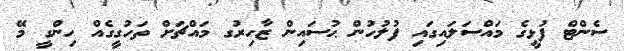
ސެންޓް ފުޅީގެ މައްސަލައިގައި ފުލުހުން ޙުސައިން ޒާހިރުގ މައްޗަށް ތަހުގީގެއް ހިންގީ މޭ